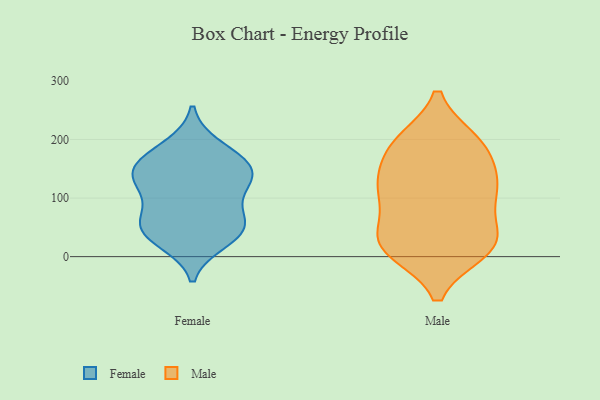
{"axis": {"x": "Churn Rate (%)", "y": "Value"}, "legend": ["Female", "Male"], "data": [{"x": "", "y": 151, "type": "Female"}, {"x": "", "y": 186, "type": "Female"}, {"x": "", "y": 129, "type": "Female"}, {"x": "", "y": 50, "type": "Female"}, {"x": "", "y": 65, "type": "Female"}, {"x": "", "y": 110, "type": "Female"}, {"x": "", "y": 132, "type": "Female"}, {"x": "", "y": 28, "type": "Female"}, {"x": "", "y": 51, "type": "Female"}, {"x": "", "y": 150, "type": "Female"}, {"x": "", "y": 45, "type": "Female"}, {"x": "", "y": 165, "type": "Female"}, {"x": "", "y": 151, "type": "Male"}, {"x": "", "y": 194, "type": "Male"}, {"x": "", "y": 10, "type": "Male"}, {"x": "", "y": 34, "type": "Male"}, {"x": "", "y": 126, "type": "Male"}, {"x": "", "y": 23, "type": "Male"}, {"x": "", "y": 197, "type": "Male"}, {"x": "", "y": 189, "type": "Male"}, {"x": "", "y": 120, "type": "Male"}, {"x": "", "y": 58, "type": "Male"}, {"x": "", "y": 12, "type": "Male"}, {"x": "", "y": 118, "type": "Male"}, {"x": "", "y": 12, "type": "Male"}, {"x": "", "y": 105, "type": "Male"}, {"x": "", "y": 104, "type": "Male"}, {"x": "", "y": 28, "type": "Male"}, {"x": "", "y": 192, "type": "Male"}]}